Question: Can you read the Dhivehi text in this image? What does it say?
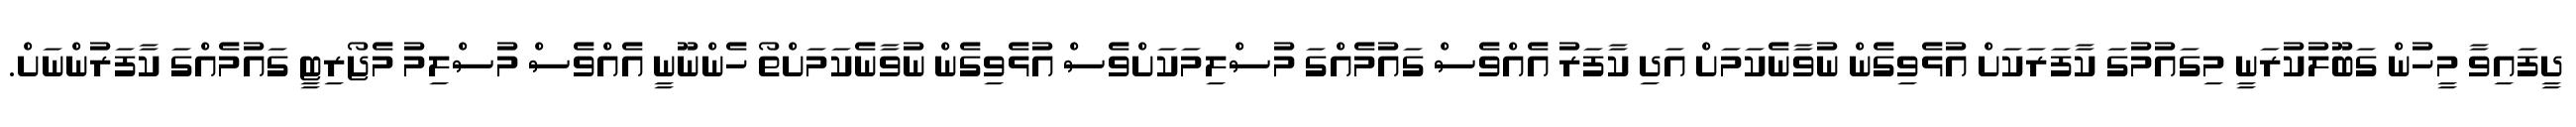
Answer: ދީފައިވާ މީހުން ގަބޫލުކުރަނީ މިގައުމުގަ ކާފަރަކަށް އުޅެވިގެން ނުވާނެކަމަށް އަދި ކާފަރު އެއްވެސް ގައުމެއްގަ މުސްލިމަކަށްވެސް އުޅެވިގެން ނުވާނެކަމަށްތޯ ހެންނޫނީ އެއްވެސް މުސްލިމު މެޖޯރިޓީ ގައުމެއްގަ ކާފަރުންނަށް.